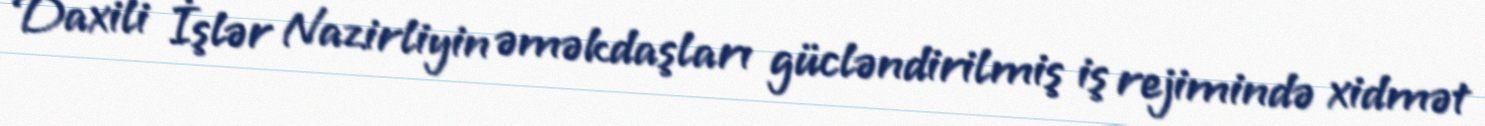
Daxili İşlər Nazirliyin əməkdaşları gücləndirilmiş iş rejimində xidmət